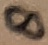
Text: 8